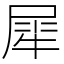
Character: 犀